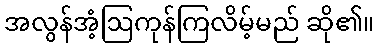
အလွန်အံ့ဩကုန်ကြလိမ့်မည် ဆို၏။